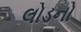
લોડનો